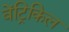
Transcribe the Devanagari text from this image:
वेंट्रिकिल